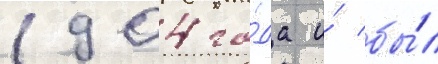
1904 го́да и́ бы́л